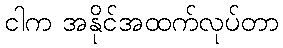
ငါက အနိုင်အထက်လုပ်တာ